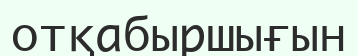
отқабыршығын